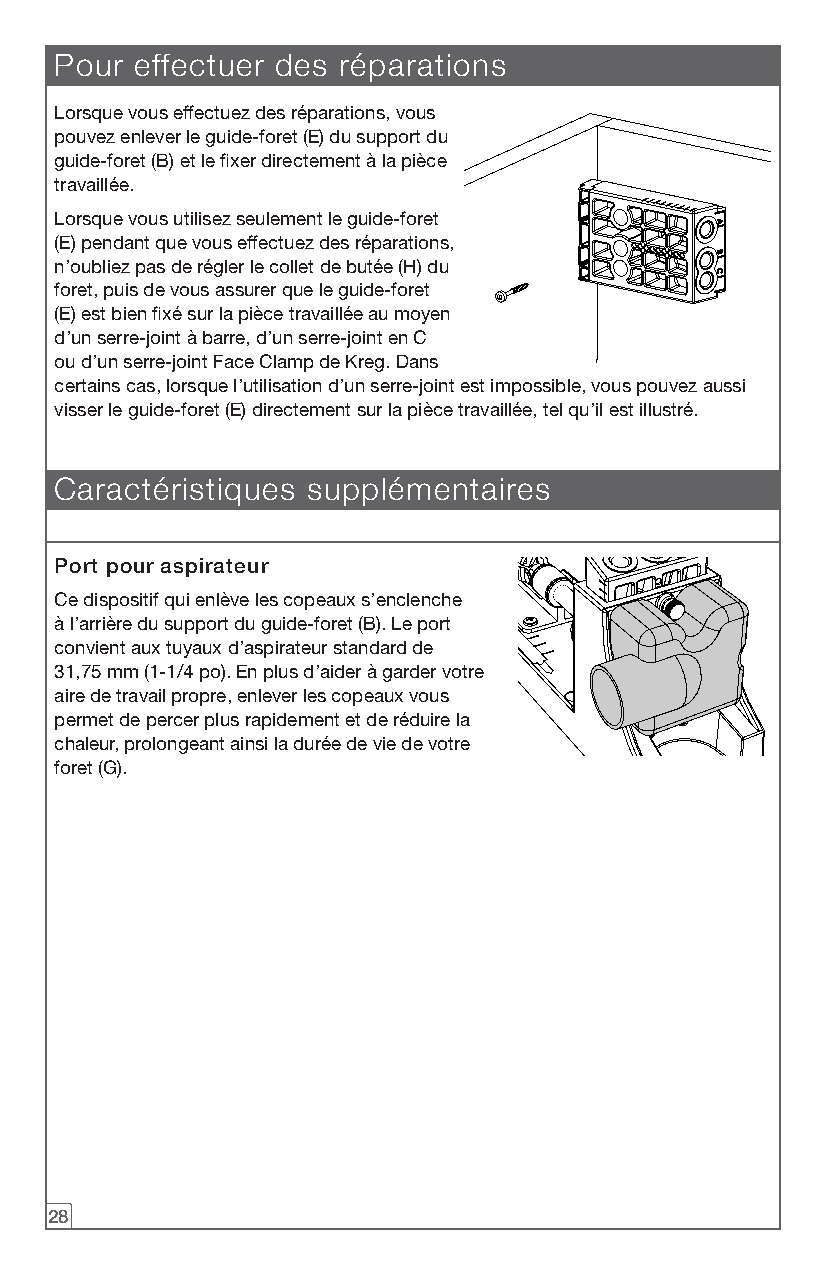
Pour effectuer des réparations
 Lorsque vous effectuez des réparations, vous
 pouvez enlever le guide-foret (E) du support du
 guide-foret (B) et le fixer directement à la pièce
 travaillée.
 Lorsque vous utilisez seulement le guide-foret
 (E) pendant que vous effectuez des réparations,
 n’oubliez pas de régler le collet de butée (H) du
 foret, puis de vous assurer que le guide-foret
 (E) est bien fixé sur la pièce travaillée au moyen
 d’un serre-joint à barre, d’un serre-joint en C
 ou d’un serre-joint Face Clamp de Kreg. Dans
 certains cas, lorsque l’utilisation d’un serre-joint est impossible, vous pouvez aussi
 visser le guide-foret (E) directement sur la pièce travaillée, tel qu’il est illustré.
 Caractéristiques supplémentaires
 Port pour aspirateur
 Ce dispositif qui enlève les copeaux s’enclenche
 à l’arrière du support du guide-foret (B). Le port
 convient aux tuyaux d’aspirateur standard de
 31,75 mm (1-1/4 po). En plus d’aider à garder votre
 aire de travail propre, enlever les copeaux vous
 permet de percer plus rapidement et de réduire la
 chaleur, prolongeant ainsi la durée de vie de votre
 foret (G).
 28